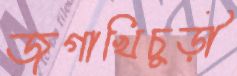
জগাখিচুড়ী